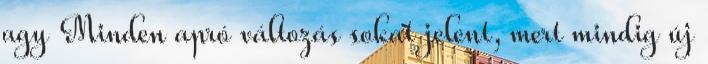
agy Minden apró változás sokat jelent, mert mindig új